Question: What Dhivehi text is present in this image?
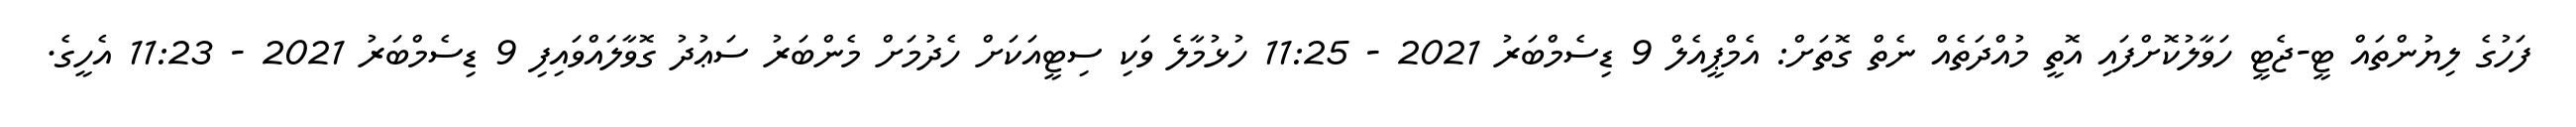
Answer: ފަހުގެ ލިޔުންތައް ޓީ-ޖެޓީ ހަވާލުކޮށްފައި އޮތީ މުއްދަތެއް ނެތް ގޮތަށް: އެމްޕީއެލް 9 ޑިސެމްބަރު 2021 - 11:25 ހުޅުމާލެ ވަކި ސިޓީއަކަށް ހެދުމަށް މެންބަރު ސަޢުދު ގޮވާލައްވައިފި 9 ޑިސެމްބަރު 2021 - 11:23 އެހީގެ.